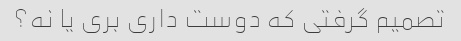
تصمیم گرفتی که دوست داری بری یا نه؟